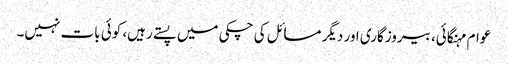
عوام مہنگائی، بیروزگاری اور دیگر مسائل کی چکی میں پستے رہیں، کوئی بات نہیں۔